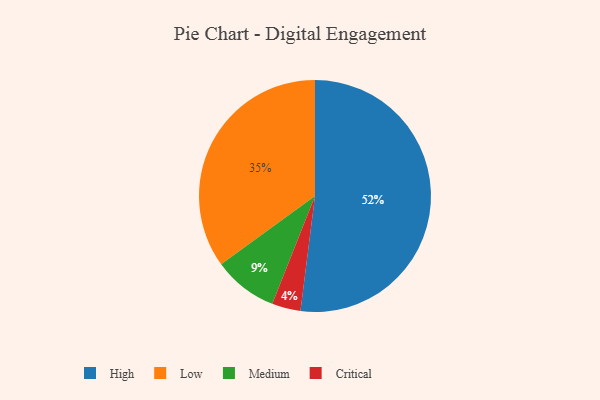
{"axis": {"x": "Category", "y": "Percentage"}, "legend": ["Critical", "High", "Low", "Medium"], "data": [{"x": "Critical", "y": 4, "type": "Critical"}, {"x": "Low", "y": 35, "type": "Low"}, {"x": "High", "y": 52, "type": "High"}, {"x": "Medium", "y": 9, "type": "Medium"}]}